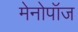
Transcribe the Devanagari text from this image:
मेनोपॉज